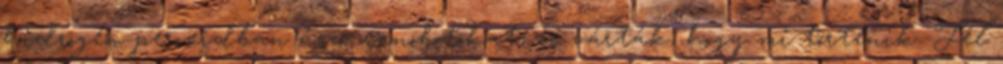
hidrogén-peroxidban úszó nanobotokat, és várták, hogy mi történik. Fél